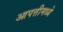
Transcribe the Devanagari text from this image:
आपत्तीमध्ये